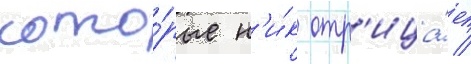
кото́рые н'и́к отр'ица́ет /